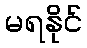
မရနိုင်